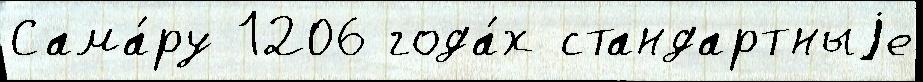
Сама́ру 1206 года́х стандартныjе